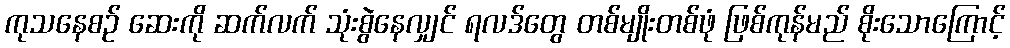
ကုသနေစဉ် ဆေးကို ဆက်လက် သုံးစွဲနေလျှင် ရလဒ်တွေ တစ်မျိုးတစ်ဖုံ ဖြစ်ကုန်မည် စိုးသောကြောင့်